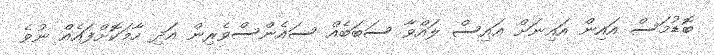
ބޮޑުމަސް އައިން އައިނަށް އައިސް ލައްވާ ސަބަބެއް ސައެންސްވެރިން އަދި ހާމަކޮށްފައެެއް ނުވެ